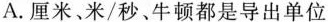
A.厘米、米/秒。牛顿都是导出单位